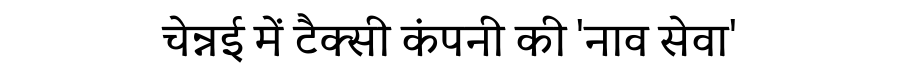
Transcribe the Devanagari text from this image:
चेन्नई में टैक्सी कंपनी की 'नाव सेवा'